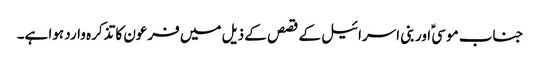
جناب موسیؑ اور بنی اسرائیل کے قصص کے ذیل میں فرعون کا تذکرہ وارد ہوا ہے۔